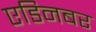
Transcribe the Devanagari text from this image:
एडिनबर